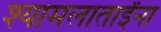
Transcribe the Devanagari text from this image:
श्यामलाताईंना